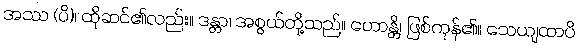
အဿ (ပိ)၊ ထိုဆင်၏လည်း။ ဒန္တာ၊ အစွယ်တို့သည်။ ဟောန္တိ၊ ဖြစ်ကုန်၏။ သေယျထာပိ